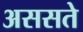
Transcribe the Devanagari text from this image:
अससते